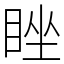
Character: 睉